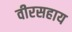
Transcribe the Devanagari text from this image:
वीरसहाय